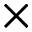
\times